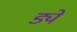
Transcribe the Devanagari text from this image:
ड्ये